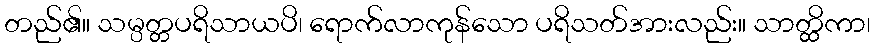
တည်၏။ သမ္ပတ္တပရိသာယပိ၊ ရောက်လာကုန်သော ပရိသတ်အားလည်း။ သာတ္ထိကာ၊